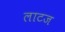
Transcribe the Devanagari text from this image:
लाटज